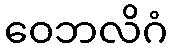
ဝေဘလိဂံ